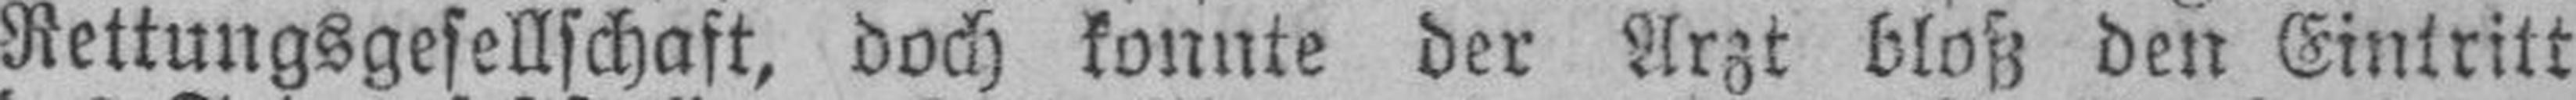
Rettungsgesellschaft, doch konnte der Arzt bloß den Eintritt